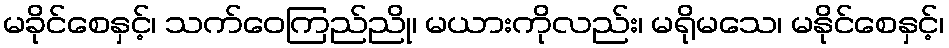
မခိုင်စေနှင့်၊ သက်ဝေကြည်ညို၊ မယားကိုလည်း၊ မရိုမသေ၊ မနိုင်စေနှင့်၊